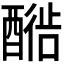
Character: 𬪳